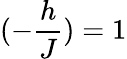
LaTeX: (-\frac{h}{J})=1